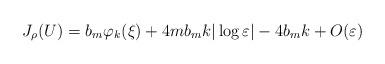
LaTeX: \begin{align*}J_{\rho}(U)=b_{m}\varphi_{k}(\xi)+4mb_{m}k|\log\varepsilon|-4b_{m}k+O(\varepsilon)\end{align*}